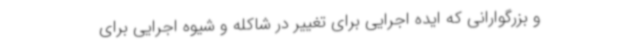
و بزرگوارانی که ایده اجرایی برای تغییر در شاکله و شیوه اجرایی برای